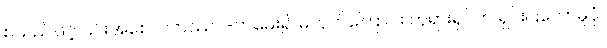
စသည်ဖြင့် ၎င်းအစေလကဿပ-ကမေး၍ မဟုတ်ကြောင်း ဘုရားရှင်က ရှင်းပြတော်မူပုံ။